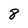
Character: 8